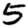
Digit: 5